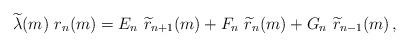
LaTeX: \begin{align*}\widetilde{\lambda}(m)\ r_n(m)=E_{n}\ \widetilde{r}_{n+1}(m) +F_n\ \widetilde{r}_{n}(m) +G_n\ \widetilde{r}_{n-1}(m) \,,\end{align*}